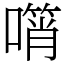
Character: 𠿫